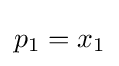
p_{1}=x_{1}